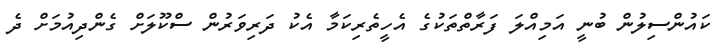
ކައުންސިލުން ބުނީ އަމިއްލަ ފަރާތްތަކުގެ އެހީތެރިކަމާ އެކު ދަރިވަރުން ސްކޫލަށް ގެންދިއުމަށް ދެ